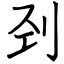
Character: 刭